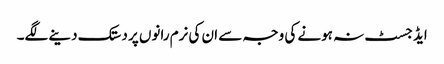
ایڈجسٹ نہ ہونے کی وجہ سے ان کی نرم رانوں پر دستک دینے لگے۔